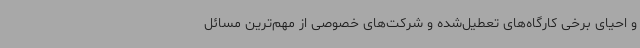
و احیای برخی کارگاه‌های تعطیل‌شده و شرکت‌های خصوصی از مهم‌ترین مسائل